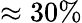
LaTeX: \approx 30\%